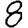
Digit: 8